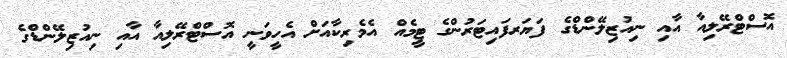
އޮސްޓްރޭލިއާ އާއި ނިއުޒިލޭންޑްގެ ފަޔަރފައިޓަރުންގެ ޓީމެއް އެމެރިކާއަށް އެހީވަނީ އޮސްޓްރޭލިއާ އާއި ނިއުޒިލޭންޑްގެ